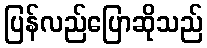
ပြန်လည်ပြောဆိုသည်